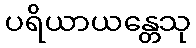
ပရိယာယန္တေသု